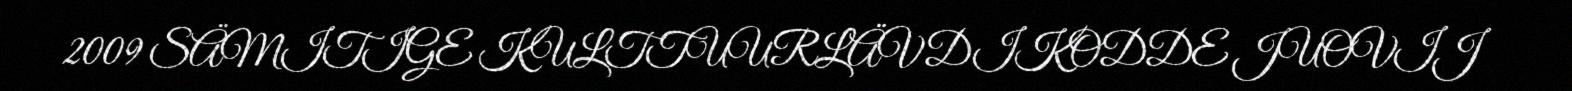
2009 SÄMITIGE KULTTUURLÄVDIKODDE JUOVIJ